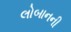
લોબાનની